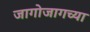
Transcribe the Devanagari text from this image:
जागोजागच्या